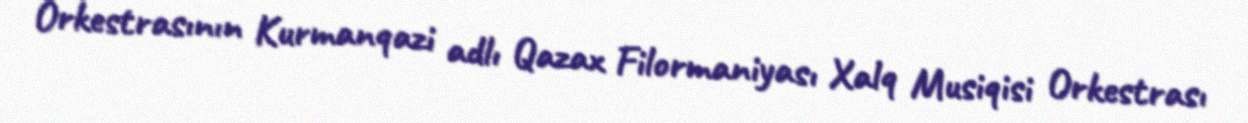
Orkestrasının Kurmanqazi adlı Qazax Filormaniyası Xalq Musiqisi Orkestrası